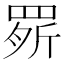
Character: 𦋒